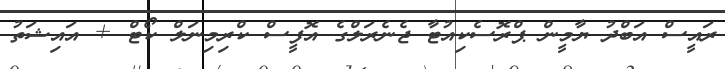
ރައީސް އަބްދު ޔާމީން ޕްރޮސެކިއުޓާ ޖެނެރަލްގެ އޮފީސް ކްރިމިނަލް ކޯޓް + އައިޝަތު